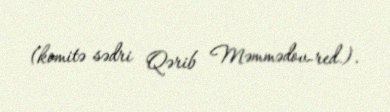
(komitə sədri Qərib Məmmədov-red.).